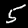
Label: 5